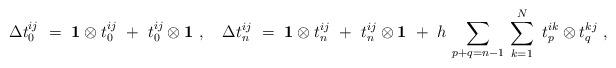
LaTeX: \begin{align*}\Delta t_0^{ij} ~=~ {\bf 1} \otimes t_0^{ij} ~+~ t_0^{ij} \otimes{\bf 1}~,~~~\Delta t_n^{ij} ~=~ {\bf 1} \otimes t_n^{ij} ~+~ t_n^{ij} \otimes{\bf 1}~+~ h\, \sum_{p+q = n-1}\, \sum_{k=1}^N ~ t_p^{ik} \otimes t_q^{kj}~,\end{align*}